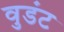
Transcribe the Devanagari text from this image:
वुडंट